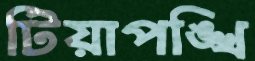
টিয়াপঙ্খি